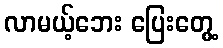
လာမယ့်ဘေး ပြေးတွေ့